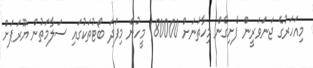
މިއަހަރުގެ ޖަނަވަރީން ފެށިގެން މިހާތަނަށް 180000 މީހުން މިފަދަ ބޯޓުތަކުގައި ސަލާމަތުން ޔޫރަޕަށް